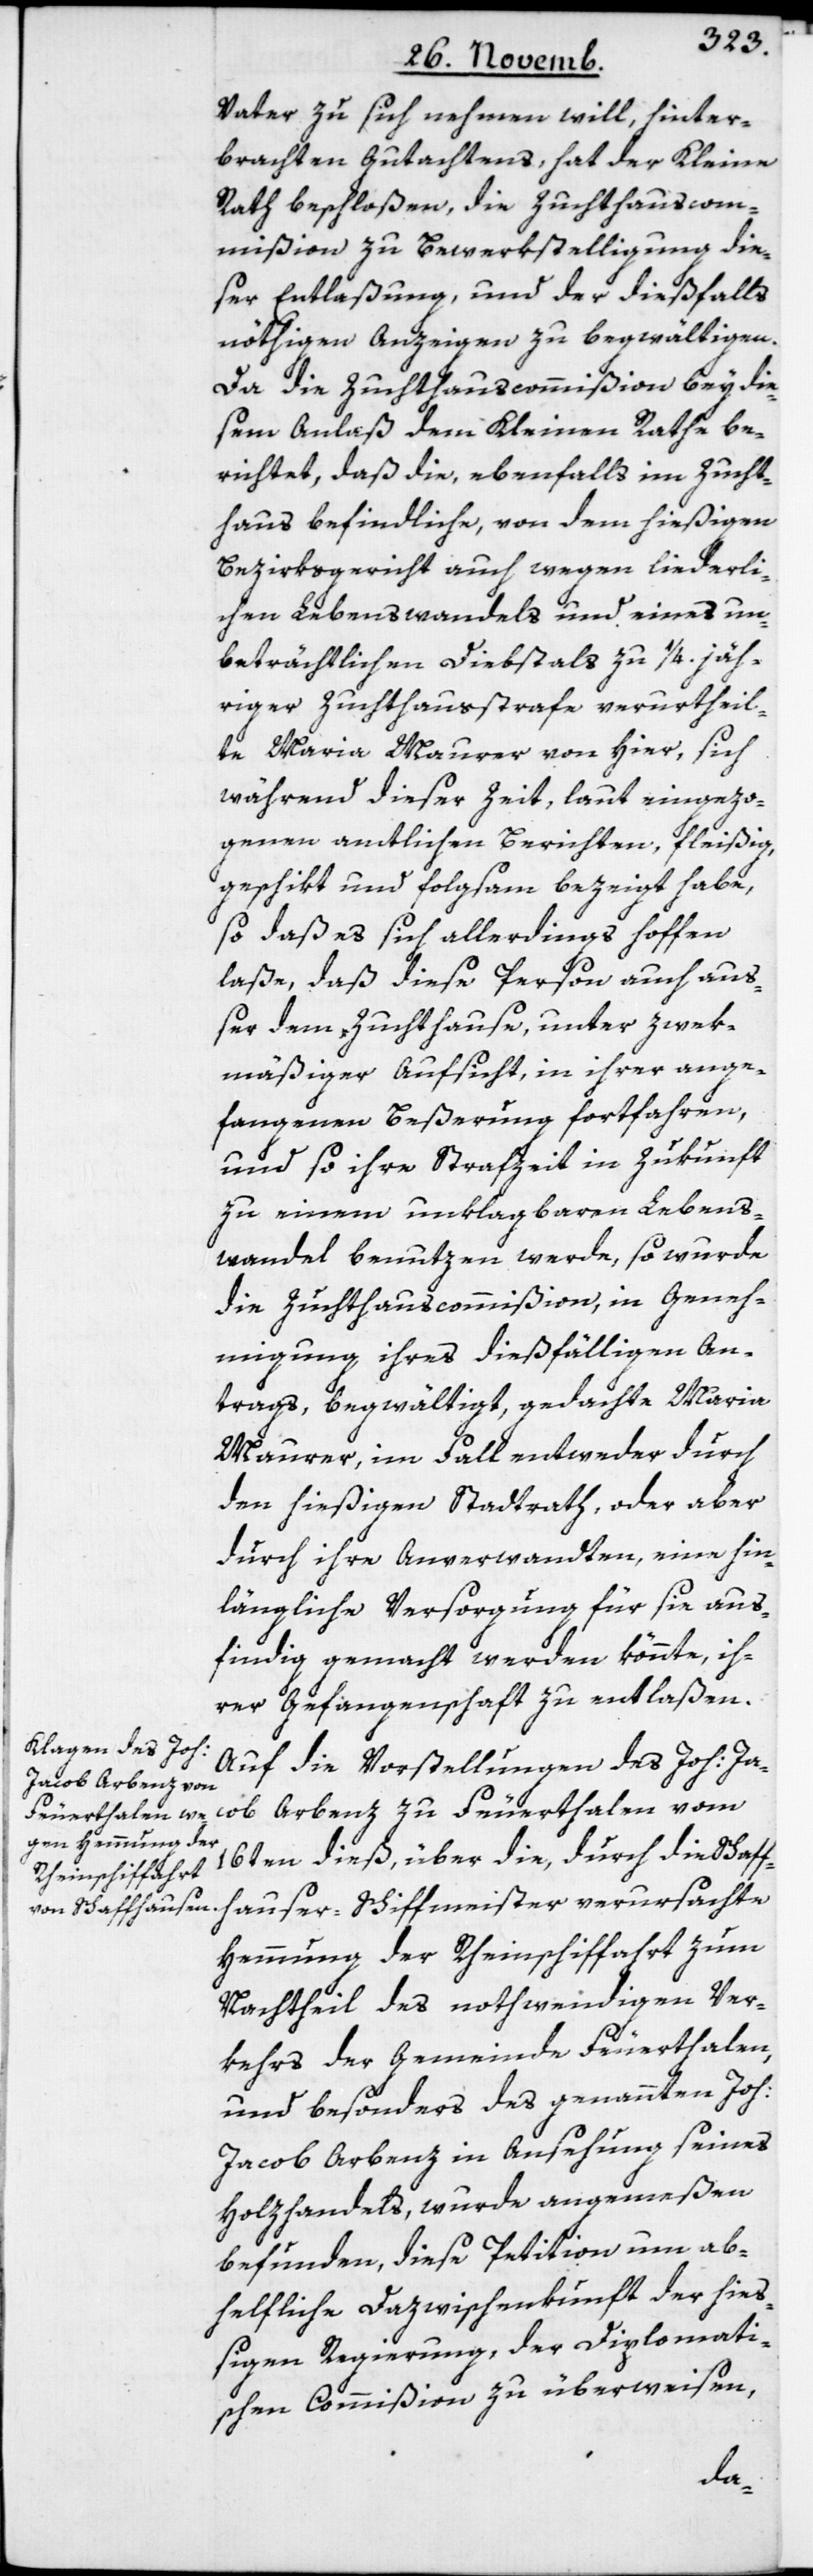
Vater zu sich nehmen will, hinter¬
brachten Gutachtens, hat der Kleine
Rath beschloßen, die Zuchthauscom¬
mißion zu Bewerkstelligung die¬
ser Entlaßung, und der dießfalls
nöthigen Anzeigen zu begwältigen.
Da die Zuchthauscommißion bey die¬
sem Anlaß dem Kleinen Rathe be¬
richtet, daß die, ebenfalls im Zucht¬
haus befindliche, von dem hießigen
Bezirksgericht auch wegen liederli¬
chen Lebenswandels und eines un¬
beträchtlichen Diebstahls zu 1/4. jäh¬
riger Zuchthausstrafe verurtheil¬
te Maria Maurer von hier, sich
während dieser Zeit, laut eingezo¬
genen amtlichen Berichten, fleißig,
geschikt und folgsam bezeigt habe,
so daß es sich allerdings hoffen
laße, daß diese Person auch auß¬
er dem Zuchthause, unter zwek¬
mäßiger Aufsicht, in ihrer ange¬
fangenen Beßerung fortfahren,
und so ihre Strafzeit in Zukunft
zu einem unklagbaren Lebens¬
wandel benutzen werde, so wurde
die Zuchthauscommißion, in Geneh¬
migung ihres dießfälligen An¬
trags begwältigt, gedachte Maria
Maurer, im Fall entweder durch
den hießigen Stadtrath oder aber
durch ihre Anverwandten, eine hin¬
längliche Versorgung für sie aus¬
findig gemacht werden könnte, ih¬
rer Gefangenschaft zu entlaßen.
Auf die Vorstellungen des Joh: Ja¬
cob Arbenz zu Feuerthalen vom
16ten dieß, über die, durch die Schaff¬
hauser Schiffmeister verursachte
Hemmung der Rheinschiffahrt zum
Nachtheil des nothwendigen Ver¬
kehrs der Gemeinde Feuerthalen,
und besonders des genannten Joh:
Jacob Arbenz in Ansehung seines
Holzhandels, wurde angemeßen
befunden, diese Petiton um ab¬
helfliche Dazwischenkunft der hieß¬
igen Regierung, der Diplomati¬
schen Commißion zu überweisen,